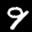
Label: 9